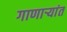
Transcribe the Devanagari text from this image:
गाणार्‍यांत